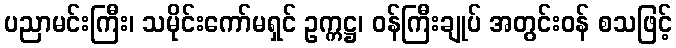
ပညာမင်းကြီး၊ သမိုင်းကော်မရှင် ဥက္ကဋ္ဌ၊ ဝန်ကြီးချုပ် အတွင်းဝန် စသဖြင့်